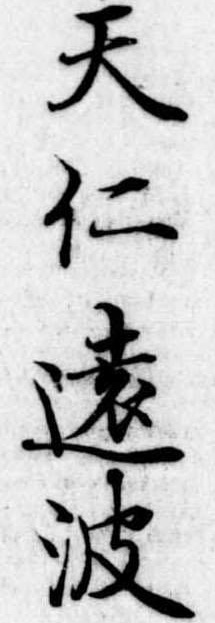
天仁遠波